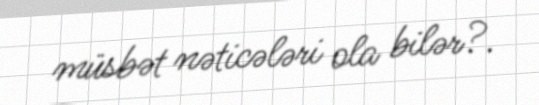
müsbət nəticələri ola bilər?.